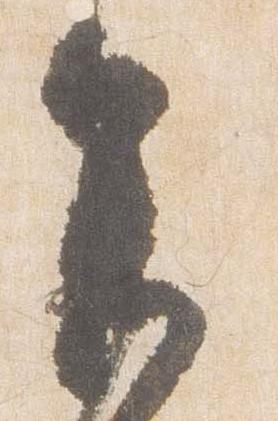
参